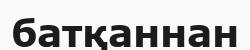
батқаннан